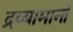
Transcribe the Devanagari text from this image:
द्रब्यामानों